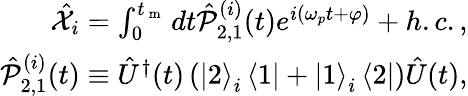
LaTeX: \begin{array}{r}{\hat{\mathcal X}_{i}=\int_{0}^{t_{\mathrm{~m~}}}dt\hat{\mathcal P}_{2,1}^{(i)}(t)e^{i(\omega_{p}t+\varphi)}+h.c.,}\\ {\hat{\mathcal P}_{2,1}^{(i)}(t)\equiv\hat{U}^{\dagger}(t)\left(\left|2\right>_{i}\left<1\right|+\left|1\right>_{i}\left<2\right|\right)\hat{U}(t),}\end{array}